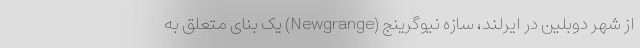
از شهر دوبلین در ایرلند، سازه نیوگرینج (Newgrange) یک بنای متعلق به